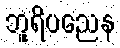
ဘူရိပညေန